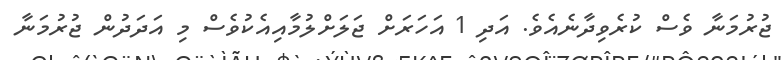
ޖުރުމަނާ ވެސް ކުރެވިދާނެއެވެ. އަދި 1 އަހަރަށް ޖަލަށްލުމާއިއެކުވެސް މި އަދަދުން ޖުރުމަނާ